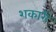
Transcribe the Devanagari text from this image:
शकारी